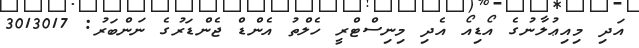
އަދި މިއިޢުލާނުގެ އޯޑިއޯ އެދި މިނިސްޓްރީ ހެލްތު އެންޑް ޖެންޑަރުގެ ނަންބަރު: 3013017